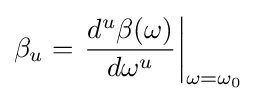
\beta _{u}=\left.{\frac {d^{u}\beta (\omega )}{d\omega ^{u}}}\right|_{\omega =\omega _{0}}